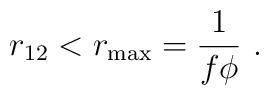
r_{12}< r_{\rm max}=\frac{1}{f\phi}~.